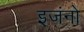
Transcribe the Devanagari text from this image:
इजंनो